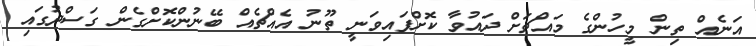
އަނެއް ތިން މީހުންގެ މައްޗަށް ދައުވާ ކޮށްފައިވަނީ ތޫނު އެއްޗެއް ބޭނުންކޮށްގެން ގަސްދުގައި